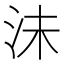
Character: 沬